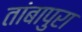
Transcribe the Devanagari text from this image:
तांबापुरा